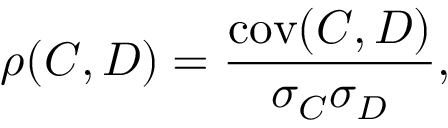
\rho ( C , D ) = \frac { \mathrm { c o v } ( C , D ) } { \sigma _ { C } \sigma _ { D } } ,